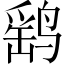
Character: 鹞